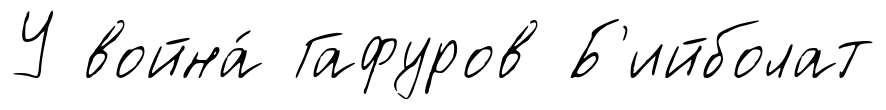
У война́ Гафуров Б'ийболат